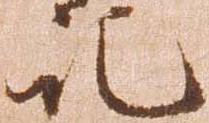
記